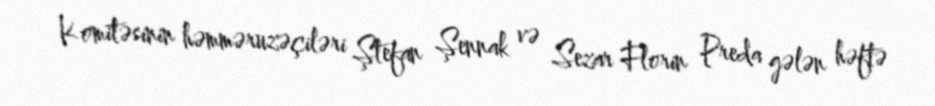
Komitəsinin həmməruzəçiləri Ştefan Şennak və Sezar Florin Preda gələn həftə